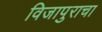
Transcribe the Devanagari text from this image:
विजापुराचा